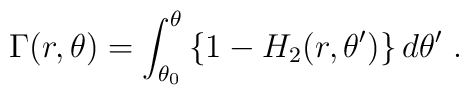
\Gamma(r,\theta) = \int_{\theta_0}^\theta \left\{1-H_2(r,\theta')\right\}d\theta' \ .